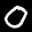
Label: 0